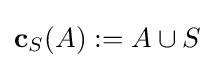
\mathbf {c} _{S}(A):=A\cup S